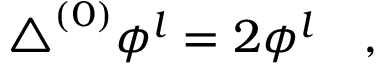
\triangle ^ { ( 0 ) } \phi ^ { l } = 2 \phi ^ { l } ~ ~ ~ ,